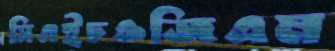
সিএইচওজিএম